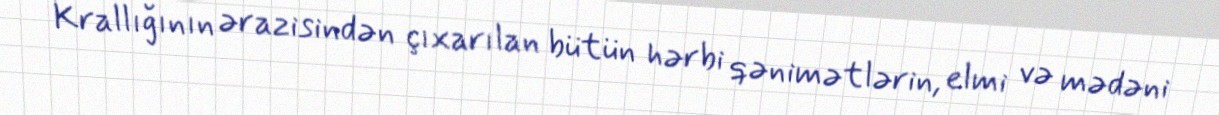
Krallığının ərazisindən çıxarılan bütün hərbi qənimətlərin, elmi və mədəni